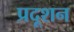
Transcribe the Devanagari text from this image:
प्रदूशन